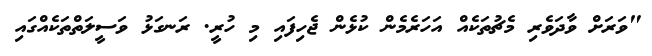
"ވަރަށް ވާދަވެރި މެޗުތަކެއް އަހަރެމެން ކުޅެން ޖެހިފައި މި ހުރީ. ރަނގަޅު ވަސީލަތްތަކެއްގައި